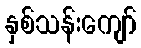
နှစ်သန်းကျော်